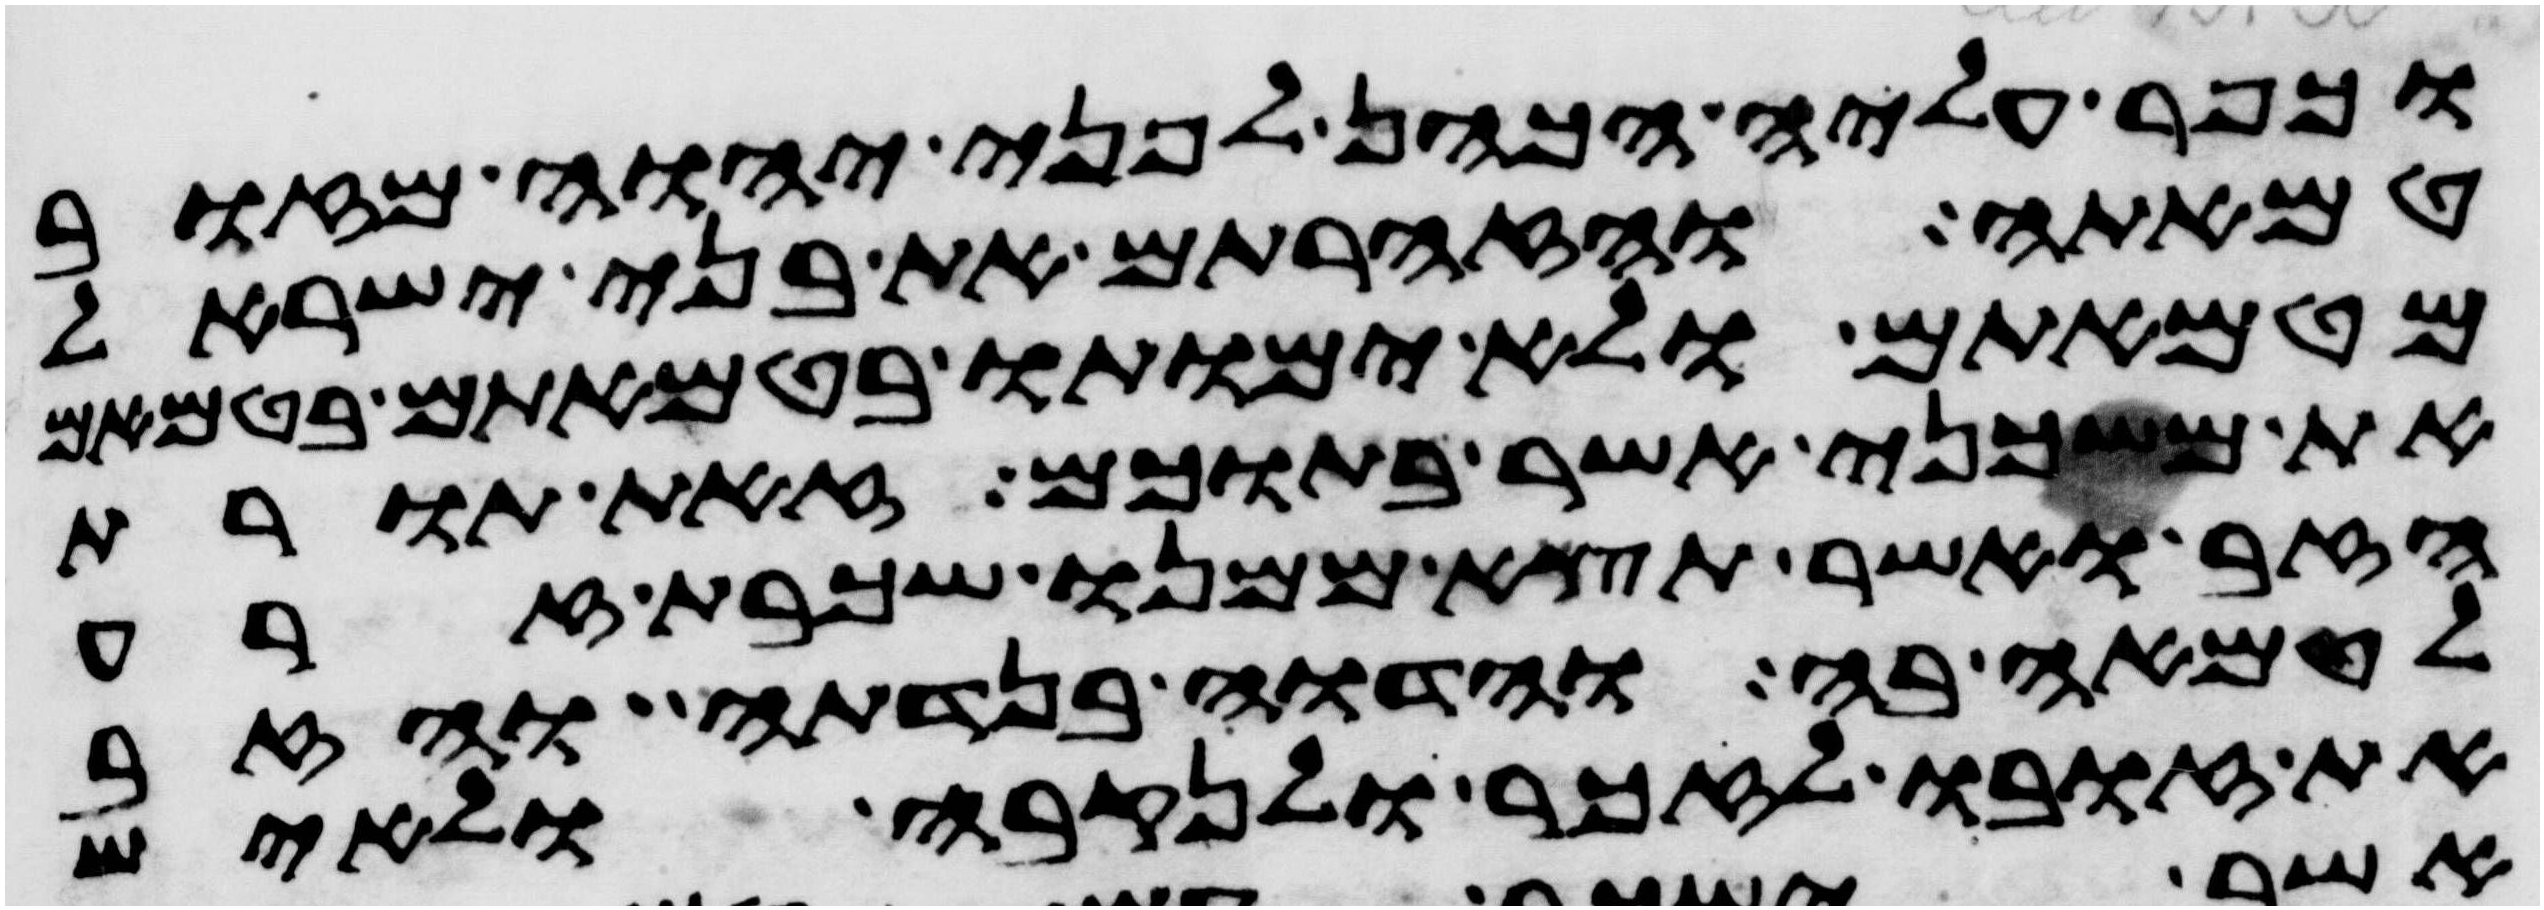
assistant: וכפר עליה הכהן לפני יהוה מזוב
טמאתה והזהרתם את בני ישראל
מטמאתם ולא ימותו בטמאתם בטמאם
את משכני אשר בתוכם זאת תורת
הזב ואשר תצא ממנו שכבת זרע
לטמאה בה והדוה בנדתה והזב
את זובו לזכר ולנקבה ולאיש